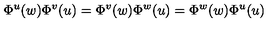
\Phi ^ { u } ( w ) \Phi ^ { v } ( u ) = \Phi ^ { v } ( w ) \Phi ^ { w } ( u ) = \Phi ^ { w } ( w ) \Phi ^ { u } ( u )